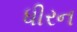
ધીરન